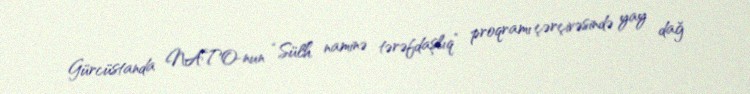
Gürcüstanda NATO-nun “Sülh naminə tərəfdaşlıq” proqramı çərçivəsində yay dağ